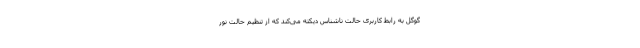
گوگل به رابط کاربری حالت ناشناس دیکته می‌کند که از تنظیم حالت نور